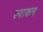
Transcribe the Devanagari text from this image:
ल्याकन